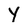
Character: Y